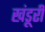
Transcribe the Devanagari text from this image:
खंडूरी